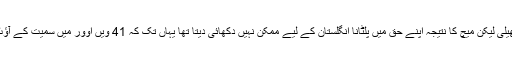
سمیت پٹیل نے 45 رنز کی مزاحمتی اننگز ضرور کھیلی لیکن میچ کا نتیجہ اپنے حق میں پلٹانا انگلستان کے لیے ممکن نہیں دکھائی دیتا تھا یہاں تک کہ 41 ویں اوور میں سمیت کے آؤٹ ہوتے ہی 207 رنز پر انگلش اننگز کا خاتمہ ہو گیا۔